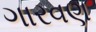
ગારવણ